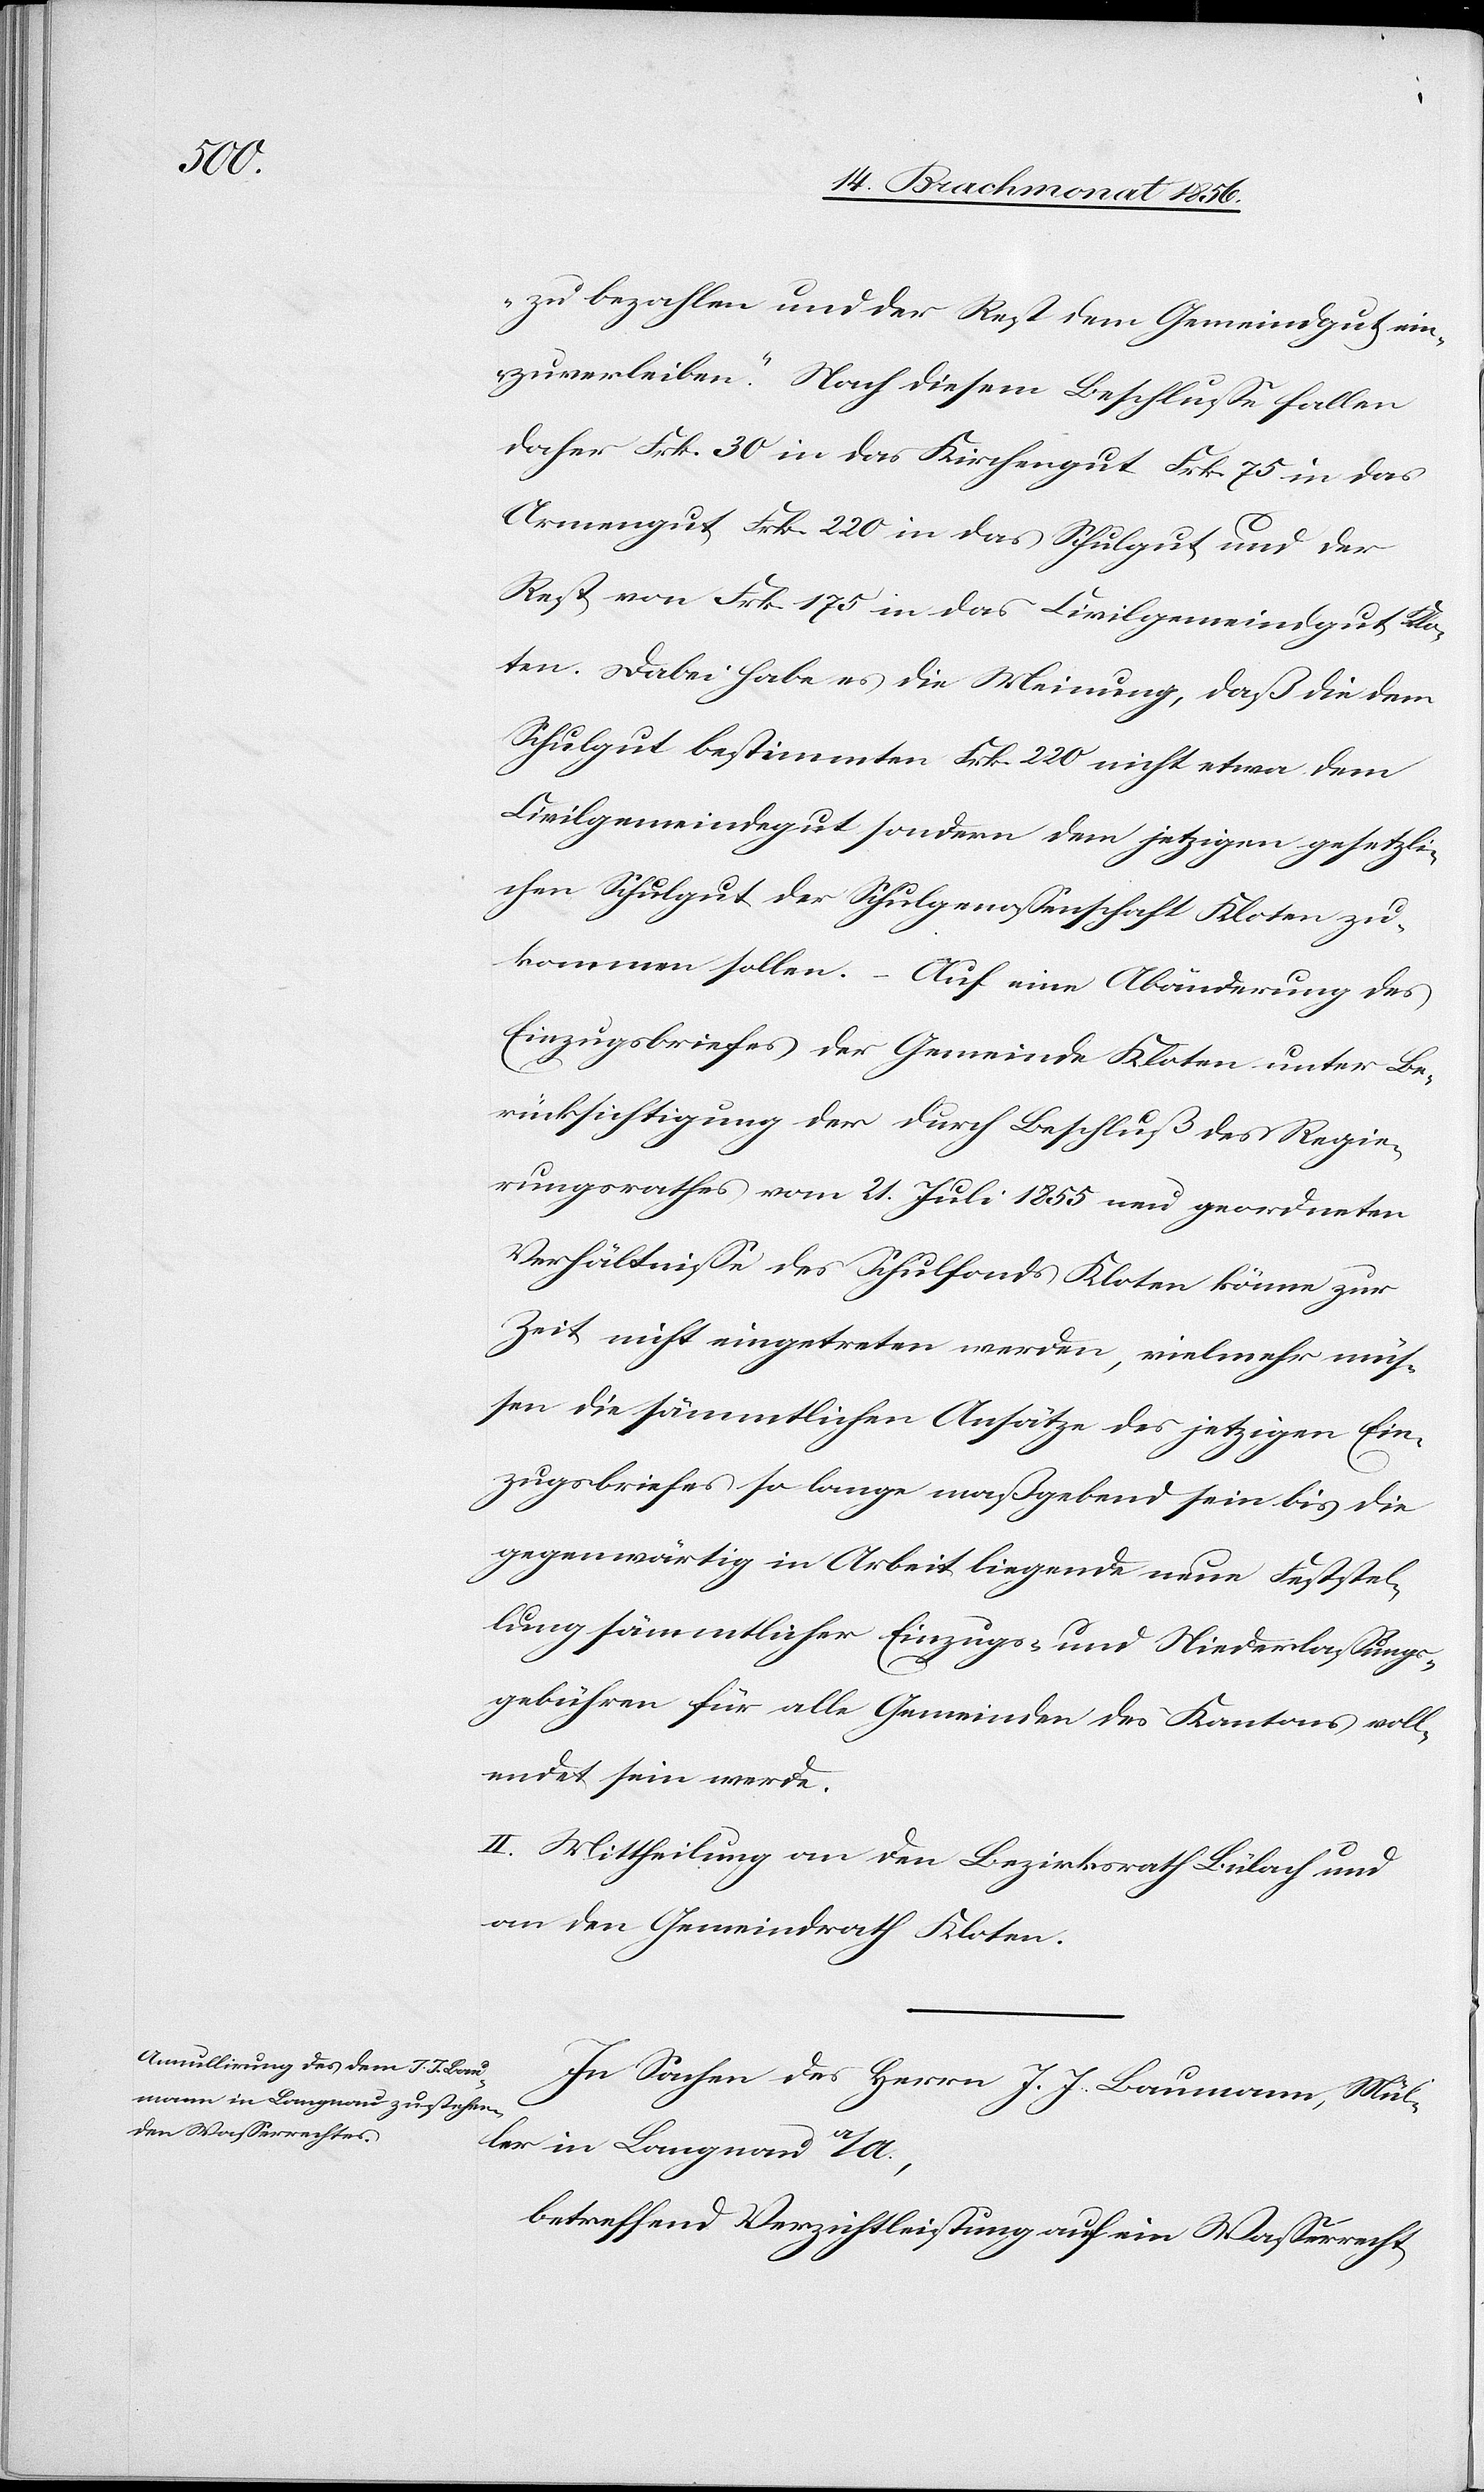
zu bezahlen und der Rest dem Gemeindgut ein¬
zuverleiben." Nach diesem Beschlusse fallen
daher Frk. 30 in das Kirchengut Frk. 75 in das
Armengut Frk. 220 in das Schulgut und der
Rest von Frk. 175 in das Civilgemeindgut Klo¬
ten. Dabei habe es die Meinung, daß die dem
Schulgut bestimmten Frk. 220 nicht etwa dem
Civilgemeindegut sondern dem jetzigen gesetzli¬
chen Schulgut der Schulgenossenschaft Kloten zu¬
kommen sollen. – Auf eine Abänderung des
Einzugsbriefes der Gemeinde Kloten unter Be¬
rücksichtigung der durch Beschluß des Regie¬
rungsrathes vom 21. Juli 1855 neu geordneten
Verhältnisse des Schulfonds Kloten könne zur
Zeit nicht eingetreten werden, vielmehr müs¬
sen die sämmtlichen Ansätze des jetzigen Ein¬
zugsbriefes so lange maßgebend sein bis die
gegenwärtig in Arbeit liegende neue Feststel¬
lung sämmtlicher Einzugs- und Niederlassungs¬
gebühren für alle Gemeinden des Kantons voll¬
endet sein werde.
II. Mittheilung an den Bezirksrath Bülach und
an den Gemeindrath Kloten.
In Sachen des Herrn J. J. Baumann, Mül¬
ler in Langnau a/A.,
betreffend Verzichtleistung auf ein Wasserrecht,